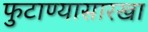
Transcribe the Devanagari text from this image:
फुटाण्यासारखा